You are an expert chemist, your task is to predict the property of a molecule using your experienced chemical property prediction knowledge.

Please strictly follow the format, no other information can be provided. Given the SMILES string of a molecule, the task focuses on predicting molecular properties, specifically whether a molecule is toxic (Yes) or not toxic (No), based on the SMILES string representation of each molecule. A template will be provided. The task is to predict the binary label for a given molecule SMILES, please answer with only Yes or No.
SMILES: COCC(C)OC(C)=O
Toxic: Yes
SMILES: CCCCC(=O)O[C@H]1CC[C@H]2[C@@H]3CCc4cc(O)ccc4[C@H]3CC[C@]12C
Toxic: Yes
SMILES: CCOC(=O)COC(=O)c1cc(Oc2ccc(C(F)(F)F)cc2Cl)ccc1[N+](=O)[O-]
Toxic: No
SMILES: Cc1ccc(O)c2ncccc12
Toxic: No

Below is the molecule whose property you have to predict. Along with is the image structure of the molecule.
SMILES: C[N+](C)(C)CCCl
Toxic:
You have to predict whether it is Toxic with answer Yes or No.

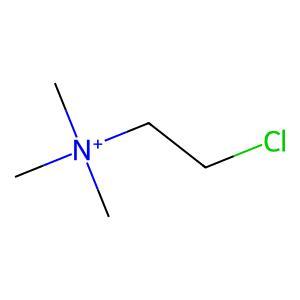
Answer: No